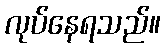
လုပ်နေရသည်။